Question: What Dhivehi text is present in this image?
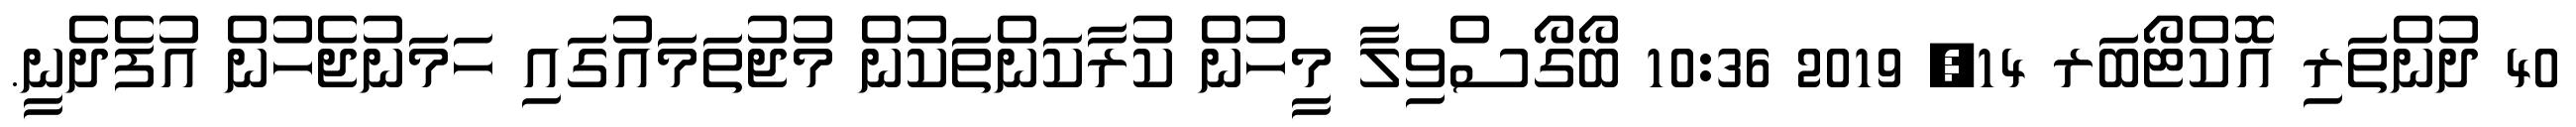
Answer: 40 ދުންތަރި އޮކްޓޯބަރ 14, 2019 10:36 ބޯގޯސްވިލާ މީހުން ކުރާކަންތަކުން މުޖުތަމައުގައި ހަމަނުޖެހުން އުފެދެނީ.